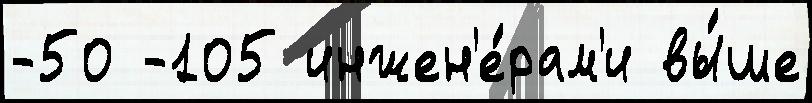
-50 -105 инжен'е́рам'и вы́ше